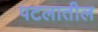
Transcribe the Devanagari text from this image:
पटलातील